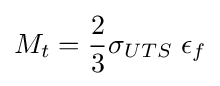
M_{t}={\frac {2}{3}}\sigma _{UTS}\;\epsilon _{f}